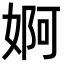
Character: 婀